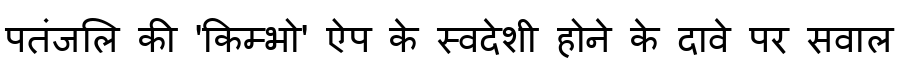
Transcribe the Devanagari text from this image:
पतंजलि की 'किम्भो' ऐप के स्वदेशी होने के दावे पर सवाल